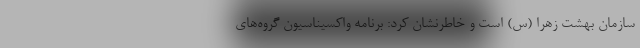
سازمان بهشت زهرا (س) است و خاطرنشان کرد: برنامه واکسیناسیون گروه‌های